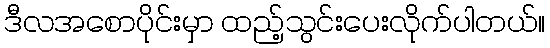
ဒီလအစောပိုင်းမှာ ထည့်သွင်းပေးလိုက်ပါတယ်။